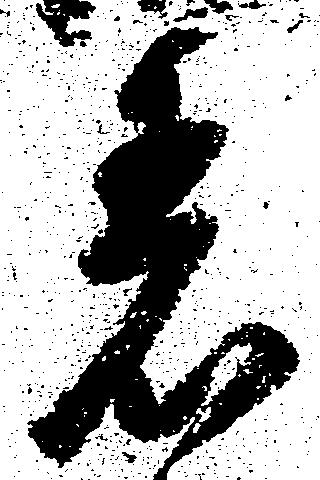
着